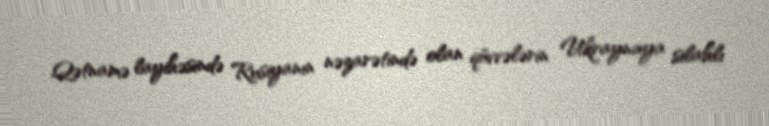
Qətnamə layihəsində Rusiyanın nəzarətində olan qüvvələrin Ukraynaya silahlı